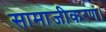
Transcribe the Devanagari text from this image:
सामाजीकरण।